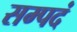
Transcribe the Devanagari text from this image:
सम्पदं